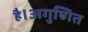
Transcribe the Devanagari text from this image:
है।अगुणित